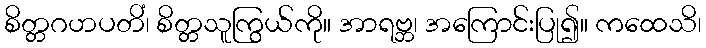
စိတ္တဂဟပတိံ၊ စိတ္တသူကြွယ်ကို။ အာရဗ္ဘ၊ အကြောင်းပြု၍။ ကထေသိ၊